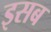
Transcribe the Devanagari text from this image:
इसब